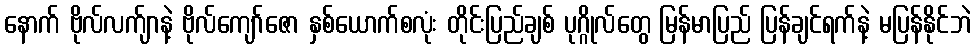
နောက် ဗိုလ်လက်ျာနဲ့ ဗိုလ်ကျော်ဇော နှစ်ယောက်စလုံး တိုင်းပြည်ချစ် ပုဂ္ဂိုလ်တွေ မြန်မာပြည် ပြန်ချင်ရက်နဲ့ မပြန်နိုင်ဘဲ